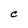
Character: C